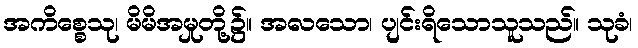
အကိစ္စေသု၊ မိမိအမှုတို့၌။ အလသော၊ ပျင်းရိသောသူသည်။ သုခံ၊